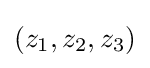
(z_{1},z_{2},z_{3})